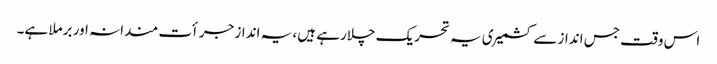
اس وقت جس انداز سے کشمیری یہ تحریک چلارہے ہیں، یہ انداز جرأت مندانہ اور برملا ہے۔